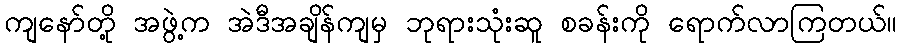
ကျနော်တို့ အဖွဲ့က အဲဒီအချိန်ကျမှ ဘုရားသုံးဆူ စခန်းကို ရောက်လာကြတယ်။